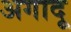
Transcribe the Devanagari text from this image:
अगादू